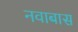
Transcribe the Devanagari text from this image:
नवाबास